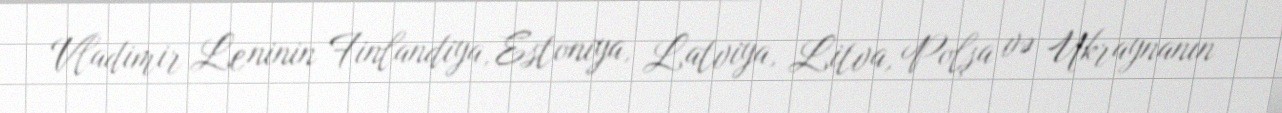
Vladimir Leninin Finlandiya, Estoniya, Latviya, Litva, Polşa və Ukraynanın